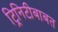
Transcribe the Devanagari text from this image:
ट्रिनिटीबाबत